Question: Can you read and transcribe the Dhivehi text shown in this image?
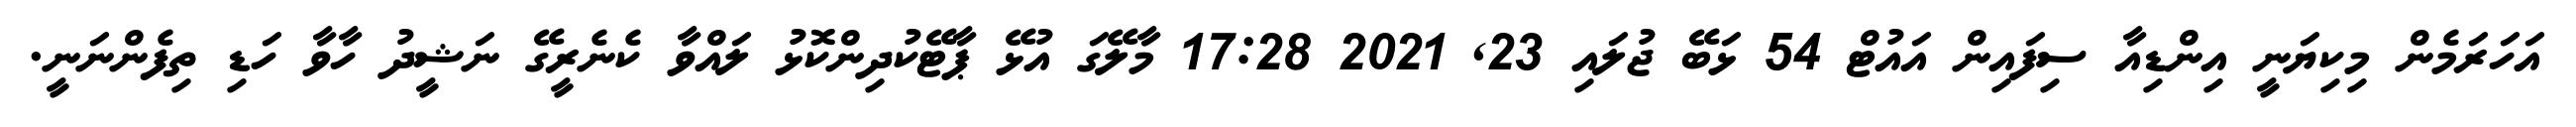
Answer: އަހަރަމެން މިކިޔަނީ އިންޑިއާ ސިފައިން އައުޓް 54 ޅަބޭ ޖުލައި 23, 2021 17:28 މާލޭގަ އުޅޭ ޕާޓޭކުދިންކޮޅު ލައްވާ ކެނެރީގޭ ނަޝީދު ހާވާ ހަޑި ތިފެންނަނީ.